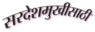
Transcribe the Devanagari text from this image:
सरदेशमुखीसाठी